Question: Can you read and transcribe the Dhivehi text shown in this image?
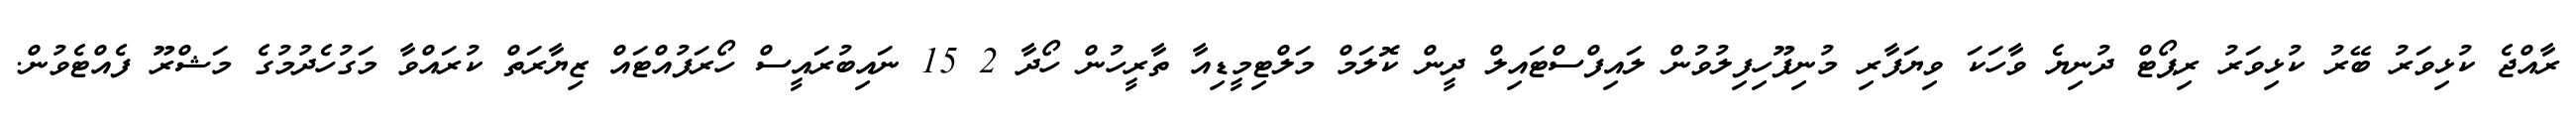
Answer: ރާއްޖެ ކުޅިވަރު ބޭރު ކުޅިވަރު ރިޕޯޓް ދުނިޔެ ވާހަކަ ވިޔަފާރި މުނިފޫހިފިލުވުން ލައިފްސްޓައިލް ދީން ކޮލަމް މަލްޓިމީޑިއާ ތާރީހުން ހޯދާ 2 15 ނައިބުރައީސް ހޯރަފުއްޓައް ޒިޔާރަތް ކުރައްވާ މަގުހެދުމުގެ މަޝްރޫ ފެއްޓެވުން.